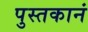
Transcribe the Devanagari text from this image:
पुस्तकानं